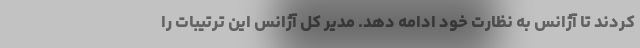
کردند تا آژانس به نظارت خود ادامه دهد. مدیر کل آژانس این ترتیبات را